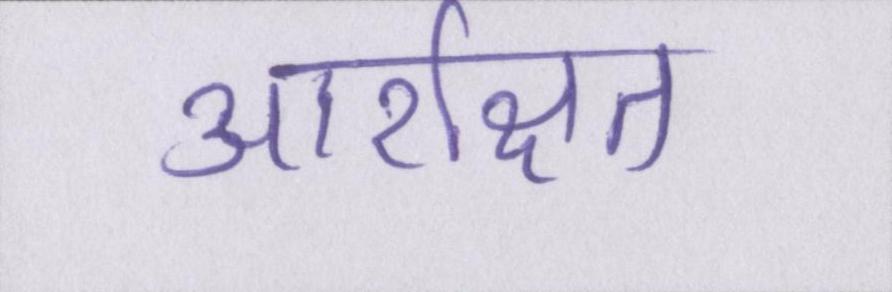
आरक्षित